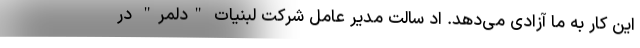
این کار به ما آزادی می‌دهد. اد سالت مدیر عامل شرکت لبنیات "دلمر" در